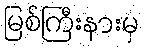
မြစ်ကြီးနားမှ